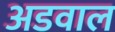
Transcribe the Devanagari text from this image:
अडवाल